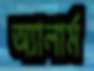
অ্যালার্ম